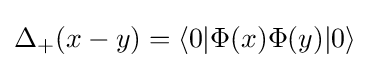
\Delta _{+}(x-y)=\langle 0|\Phi (x)\Phi (y)|0\rangle